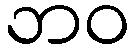
ဘဝ